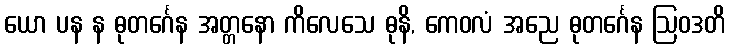
ယော ပန န ဓုတင်္ဂေန အတ္တနော ကိလေသေ ဓုနိ, ကေဝလံ အညေ ဓုတင်္ဂေန ဩဝဒတိ